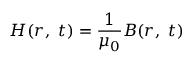
{ \boldsymbol { H } } ( { \boldsymbol { r } } , \ t ) = { \frac { 1 } { \mu _ { 0 } } } { \boldsymbol { B } } ( { \boldsymbol { r } } , \ t )